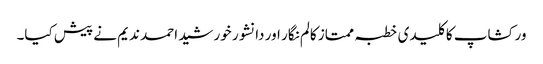
ورکشاپ کا کلیدی خطبہ ممتاز کالم نگار اور دانشور خورشید احمد ندیم نے پیش کیا۔